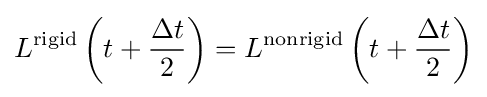
L^{\text{rigid}}\left(t+{\frac {\Delta t}{2}}\right)=L^{\text{nonrigid}}\left(t+{\frac {\Delta t}{2}}\right)